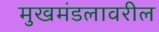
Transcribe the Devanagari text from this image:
मुखमंडलावरील